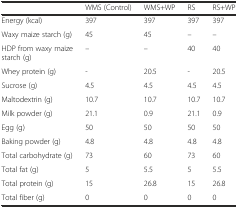
<table><thead><tr><td></td><td><b>WMS (Control)</b></td><td><b>WMS+WP</b></td><td><b>RS</b></td><td><b>RS+WP</b></td></tr></thead><tbody><tr><td>Energy (kcal)</td><td>397</td><td>397</td><td>397</td><td>397</td></tr><tr><td>Waxy maize starch (g)</td><td>45</td><td>45</td><td>–</td><td>–</td></tr><tr><td>HDP from waxy maize starch (g)</td><td>–</td><td>–</td><td>40</td><td>40</td></tr><tr><td>Whey protein (g)</td><td>-</td><td>20.5</td><td>-</td><td>20.5</td></tr><tr><td>Sucrose (g)</td><td>4.5</td><td>4.5</td><td>4.5</td><td>4.5</td></tr><tr><td>Maltodextrin (g)</td><td>10.7</td><td>10.7</td><td>10.7</td><td>10.7</td></tr><tr><td>Milk powder (g)</td><td>21.1</td><td>0.9</td><td>21.1</td><td>0.9</td></tr><tr><td>Egg (g)</td><td>50</td><td>50</td><td>50</td><td>50</td></tr><tr><td>Baking powder (g)</td><td>4.8</td><td>4.8</td><td>4.8</td><td>4.8</td></tr><tr><td>Total carbohydrate (g)</td><td>73</td><td>60</td><td>73</td><td>60</td></tr><tr><td>Total fat (g)</td><td>5</td><td>5.5</td><td>5</td><td>5.5</td></tr><tr><td>Total protein (g)</td><td>15</td><td>26.8</td><td>15</td><td>26.8</td></tr><tr><td>Total fiber (g)</td><td>0</td><td>0</td><td>0</td><td>0</td></tr></tbody></table>